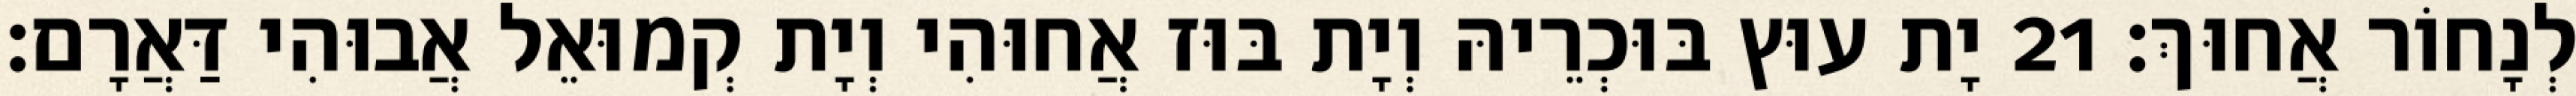
לְנָחוֹר אֲחוּךְ׃ 21 יָת עוּץ בּוּכְרֵיהּ וְיָת בּוּז אֲחוּהִי וְיָת קְמוּאֵל אֲבוּהִי דַּאֲרָם׃